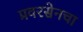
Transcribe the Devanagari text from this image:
प्रवरसेनचा